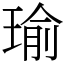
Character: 瑜